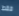
فقط